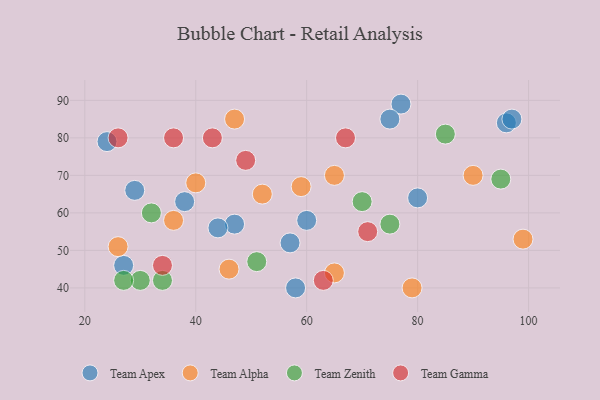
{"axis": {"x": "GDP", "y": "Life Expectancy"}, "legend": ["Team Alpha", "Team Apex", "Team Gamma", "Team Zenith"], "data": [{"x": "47", "y": 57, "type": "Team Apex"}, {"x": "29", "y": 66, "type": "Team Apex"}, {"x": "44", "y": 56, "type": "Team Apex"}, {"x": "24", "y": 79, "type": "Team Apex"}, {"x": "57", "y": 52, "type": "Team Apex"}, {"x": "38", "y": 63, "type": "Team Apex"}, {"x": "27", "y": 46, "type": "Team Apex"}, {"x": "60", "y": 58, "type": "Team Apex"}, {"x": "77", "y": 89, "type": "Team Apex"}, {"x": "96", "y": 84, "type": "Team Apex"}, {"x": "58", "y": 40, "type": "Team Apex"}, {"x": "97", "y": 85, "type": "Team Apex"}, {"x": "75", "y": 85, "type": "Team Apex"}, {"x": "80", "y": 64, "type": "Team Apex"}, {"x": "65", "y": 70, "type": "Team Alpha"}, {"x": "46", "y": 45, "type": "Team Alpha"}, {"x": "99", "y": 53, "type": "Team Alpha"}, {"x": "36", "y": 58, "type": "Team Alpha"}, {"x": "52", "y": 65, "type": "Team Alpha"}, {"x": "47", "y": 85, "type": "Team Alpha"}, {"x": "65", "y": 44, "type": "Team Alpha"}, {"x": "59", "y": 67, "type": "Team Alpha"}, {"x": "40", "y": 68, "type": "Team Alpha"}, {"x": "90", "y": 70, "type": "Team Alpha"}, {"x": "26", "y": 51, "type": "Team Alpha"}, {"x": "79", "y": 40, "type": "Team Alpha"}, {"x": "34", "y": 42, "type": "Team Zenith"}, {"x": "95", "y": 69, "type": "Team Zenith"}, {"x": "75", "y": 57, "type": "Team Zenith"}, {"x": "30", "y": 42, "type": "Team Zenith"}, {"x": "51", "y": 47, "type": "Team Zenith"}, {"x": "85", "y": 81, "type": "Team Zenith"}, {"x": "27", "y": 42, "type": "Team Zenith"}, {"x": "32", "y": 60, "type": "Team Zenith"}, {"x": "70", "y": 63, "type": "Team Zenith"}, {"x": "34", "y": 46, "type": "Team Gamma"}, {"x": "71", "y": 55, "type": "Team Gamma"}, {"x": "49", "y": 74, "type": "Team Gamma"}, {"x": "63", "y": 42, "type": "Team Gamma"}, {"x": "67", "y": 80, "type": "Team Gamma"}, {"x": "43", "y": 80, "type": "Team Gamma"}, {"x": "26", "y": 80, "type": "Team Gamma"}, {"x": "36", "y": 80, "type": "Team Gamma"}]}